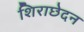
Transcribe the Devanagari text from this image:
शिराछेदन